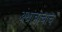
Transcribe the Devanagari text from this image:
अंधांत्राचाच